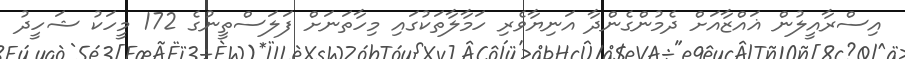
އިސްރާއީލުން ޣައްޒާއަށް ދެމުންގެންދާ އަނިޔާވެރި ހަމާލާތަކުގައި މިހާތަނަށް ފަލަސްތީނުގެ 172 މީހަކު ޝަހީދު